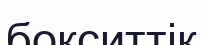
бокситтік